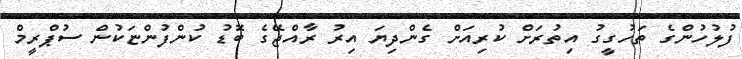
ފުލުހުންގެ ތަހުގީގު އިތުރަށް ކުރިއަށް ގެންދިޔަ އިރު ރާއްޖޭގެ ބޮޑު ކުންފުންޏަކުން ސުޕްރީމް